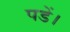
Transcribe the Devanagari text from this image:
पडें।